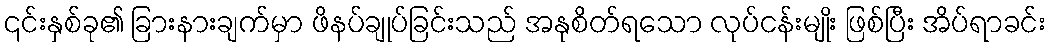
၎င်းနှစ်ခု၏ ခြားနားချက်မှာ ဖိနပ်ချုပ်ခြင်းသည် အနုစိတ်ရသော လုပ်ငန်းမျိုး ဖြစ်ပြီး အိပ်ရာခင်း